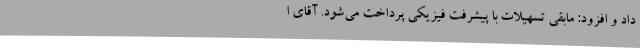
داد و افزود: مابقی تسهیلات با پیشرفت فیزیکی پرداخت می‌شود. آقای ا